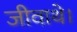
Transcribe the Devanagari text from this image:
जीवाथे।